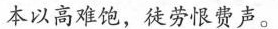
本以高难饱，徒劳恨费声。